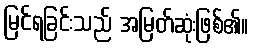
မြင်ရခြင်းသည် အမြတ်ဆုံးဖြစ်၏။